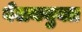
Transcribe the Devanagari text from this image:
बेलनयुक्त